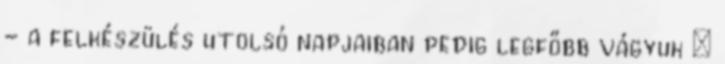
- a felkészülés utolsó napjaiban pedig legfőbb vágyuk –